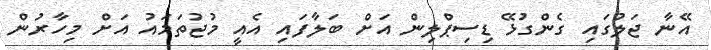
އޭނާ ޖަލުގައި ގެންގުޅޭ ޑިސިޕްލިން އަށް ބަލާފައި އެއީ މުޖުތަމައު އަށް މިހާރުން